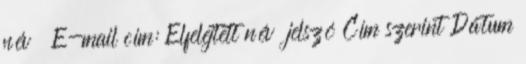
név E-mail cím: Elfelejtett név jelszó Cím szerint Dátum